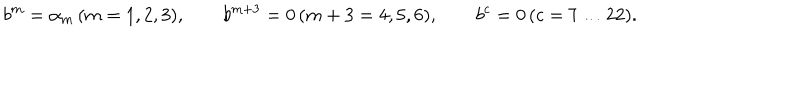
LaTeX: b ^ { m } = \alpha _ { m } \, ( m = 1 , 2 , 3 ) , \qquad b ^ { m + 3 } = 0 \, ( m + 3 = 4 , 5 , 6 ) , \qquad b ^ { c } = 0 \, ( c = 7 \dots 2 2 ) .